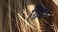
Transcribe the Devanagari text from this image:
ग्रिड।